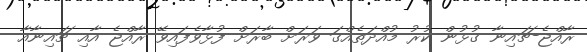
ރާއްޖެ-ޗައިނާ ގުޅުން ކުރު މުއްދަތެއްގަ ވަރަށް ބާރަށް ފުޅާވެފައިވޭ ރާއްޖެ އާއި ޗައިނާއާ